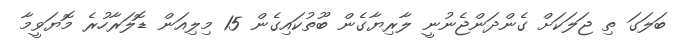
ބަލަގަ ތި ޖަލަކަށް ގެންދަންޖެނުނީ ލާރިޔާގެން ބޫތުކައިގެން 15 މިލިއަން ޑޮލަރާހުރެ މޮޔަވީމާ